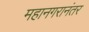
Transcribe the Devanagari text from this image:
महानगरानंतर